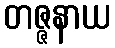
တဇ္ဇနာယ